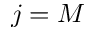
j = M